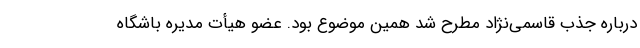
درباره جذب قاسمی‌نژاد مطرح شد همین موضوع بود. عضو هیأت مدیره باشگاه